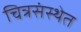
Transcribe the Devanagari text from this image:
चित्रसंस्थेत